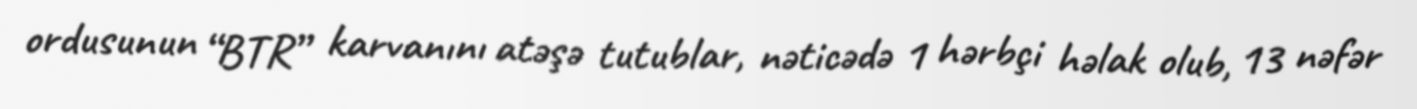
ordusunun “BTR” karvanını atəşə tutublar, nəticədə 1 hərbçi həlak olub, 13 nəfər